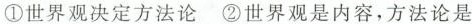
\textcircled {1}世界观决定方法论\textcircled {2}世界观是内容，方法论是